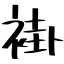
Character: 褂